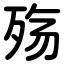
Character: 殇